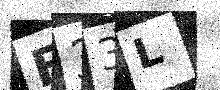
Text: E33L